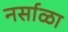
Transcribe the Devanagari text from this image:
नर्साळा